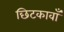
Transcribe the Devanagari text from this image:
छिटकावाँ